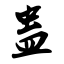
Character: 蛊